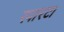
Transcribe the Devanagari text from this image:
स्पारटा